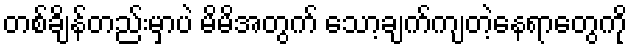
တစ်ချိန်တည်းမှာပဲ မိမိအတွက် သော့ချက်ကျတဲ့နေရာတွေကို